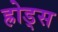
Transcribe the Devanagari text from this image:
ह्रोड्स